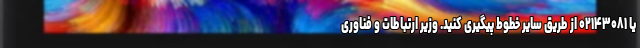
یا ۰۲۱۴۳۰۸۱ از طریق سایر خطوط پیگیری کنید. وزیر ارتباطات و فناوری